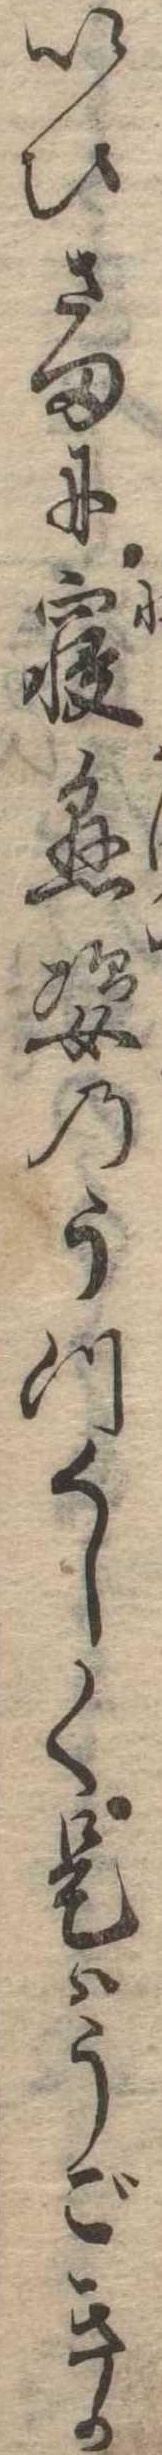
いひさまに寝懸姿のうつくしく是はうごきか